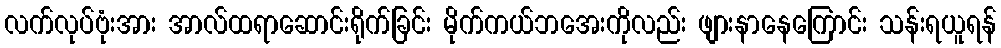
လက်လုပ်ဗုံးအား အာလ်ထရာဆောင်းရိုက်ခြင်း မိုက်ကယ်ဘအေးကိုလည်း ဖျားနာနေကြောင်း သန်းရယူရန်